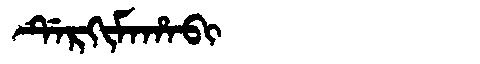
Manchu: ᡩᡝᡵᡴᡳᠮᠠᡥᠠᠪᡳ
Romanization: DERKIMAHABI